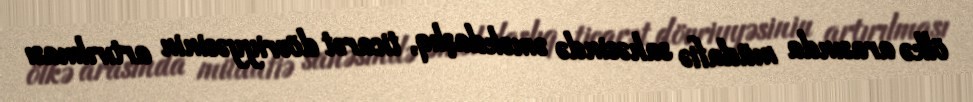
ölkə arasında müdafiə sahəsində əməkdaşlıq, ticarət dövriyyəsinin artırılması